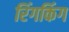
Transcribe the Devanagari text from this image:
रिंगकिंग